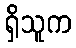
ရှိသူက